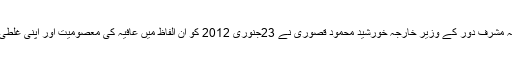
بدقسمتی تو یہ بھی ہے کہ مشرف دور کے وزیر خارجہ خورشید محمود قصوری نے 23جنوری 2012 کو ان الفاظ میں عافیہ کی معصومیت اور اپنی غلطی کا اعتراف کرچکے ہیں۔